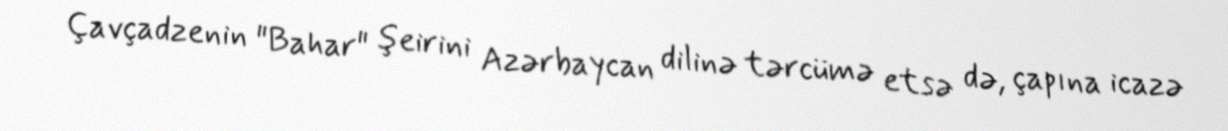
Çavçadzenin "Bahar" şeirini Azərbaycan dilinə tərcümə etsə də, çapına icazə